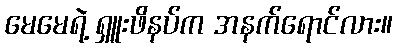
မေမေရဲ့ ရှူးဖိနပ်က အနက်ရောင်လား။